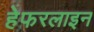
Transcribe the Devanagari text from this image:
हेफरलाइन